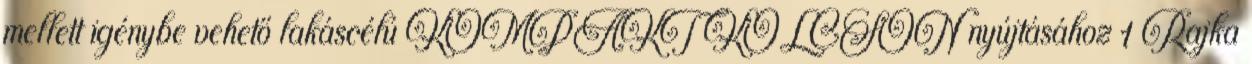
mellett igénybe vehető lakáscélú KOMPAKT KÖLCSÖN nyújtásához 1 Rajka